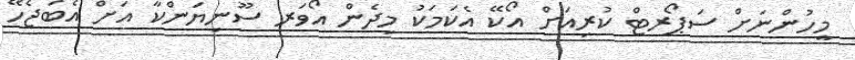
މީހުންނަށް ސަޕޯރޓް ކުރިއަށް އޯކޭ އެކަމަކު މިދެން އޯވަރ ސޫނިޔަންކާ އަށް އެބަޖެހޭ